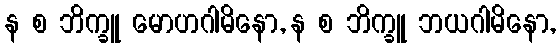
န စ ဘိက္ခူ မောဟဂါမိနော, န စ ဘိက္ခူ ဘယဂါမိနော,